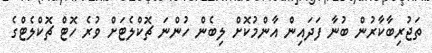
ތަޖުރިބާކާރުން ބުނާ ފަދައިން އާންމުކޮށް ލިބެން ހުންނަ ޗޮކްލެޓަށް ވުރެ ހޮޓް ޗޮކްލެޓްގެ